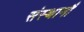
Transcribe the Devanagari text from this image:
संस्थानौं